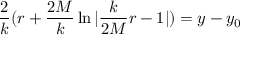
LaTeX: \frac { 2 } { k } ( r + \frac { 2 M } { k } \ln | \frac { k } { 2 M } r - 1 | ) = y - y _ { 0 }